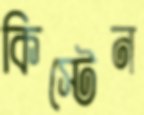
কিস্টেন